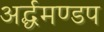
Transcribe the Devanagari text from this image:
अर्द्धमण्डप